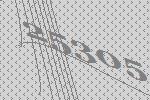
25305